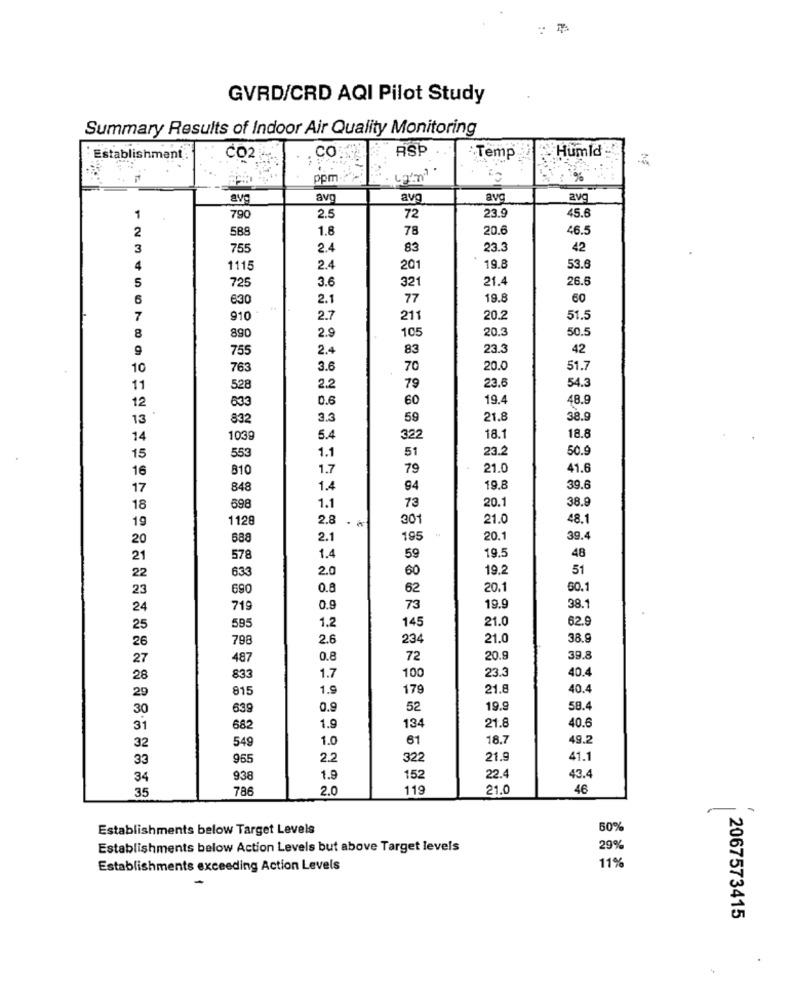
GVRD/CRD AQI Pilot Study
Summary Results of Indoor Air Quality Monitoring
CO
ASP
Humid
Establishment
CO2
Temp.
ppm-
%
avg
avg
avg
avo
avg
1
790
2.5
72
23.
45.6
2
588
1.8
78
20.6
46.5
3
755
2.4
83
23.3
42
4
1115
2.4
201
19.8
53.6
5
3.6
321
21.4
26.6
725
6
630
2.1
77
19.8
60
7
910
2.7
211
20.2
51.5
2.9
105
20.3
50.5
8
890
9
755
2.4
83
23.3
42
10
763
3.6
70
20.0
51.7
54.3
11
528
2.2
79
23.6
12
633
0.6
60
19.4
48.9
13
832
3.3
59
21.8
38.9
18.1
18.8
14
1039
5.4
322
553
1.1
51
23.2
50.9
15
16
810
1.7
79
21.0
41.6
17
848
1.4
94
19.8
39.6
73
20.1
38.8
18
698
1.1
1128
2.8
.*
301
21.0
48.1
19
20
688
2.1
19
20.1
39.4
1.4
19.5
21
578
59
48
22
2.0
60
19.2
51
633
23
690
0.8
62
20.1
60.1
24
719
0.9
73
19.9
38.1
1.2
145
21.0
62.9
25
595
26
798
2.6
234
21.0
38.9
27
487
0.8
72
20.9
39.8
23.3
40.4
28
833
1.7
100
29
815
1.9
179
21.8
40.4
30
639
0.9
52
19.9
58.4
21.8
40.6
31
682
1.9
134
549
1.0
61
18.7
49.2
32
33
965
2.2
322
21.9
41.1
34
938
1.9
152
22.4
43.4
35
786
2.0
119
21.0
46
Establishments below Target Levels
50%
Establishments below Action Levels but above Target levels
29%
11%
Establishments exceeding Action Levels
2067573415